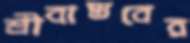
শ্রীবাস্তবের